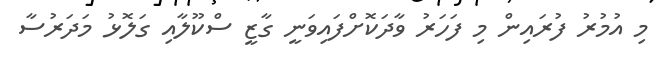
މި އުމުުރު ފުރައިން މި ފަހަރު ވާދަކޮށްފައިވަނީ ގާޒީ ސްކޫލާއި ގަލޮޅު މަދަރުސާ